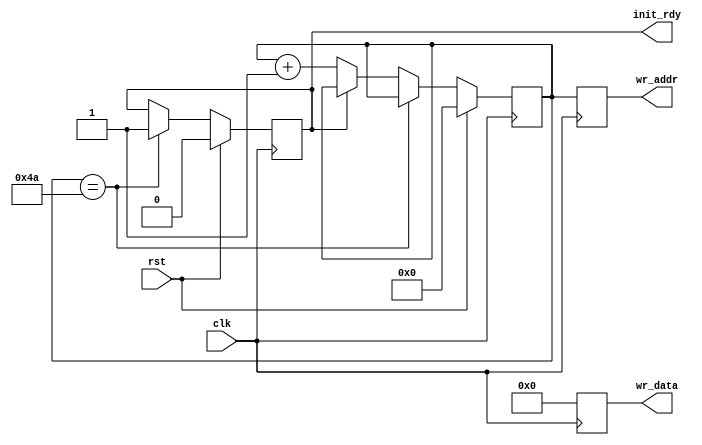
`timescale 1ns / 1ps

// Initializer module. Resets the screen by filling the ram with 0s.
// Initialize ends with init_rdy

module init(
	input clk,
	input rst,
   output reg [6:0] wr_addr,
   output reg [99:0] wr_data,
	output reg init_rdy
    );


reg [6:0] cnt_addr;

always@(posedge clk)
begin
	if(rst)
	begin
		cnt_addr <=0;
		init_rdy <= 0;
	end
	else if(cnt_addr==7'd74)
		init_rdy <= 1;
	else if(~init_rdy)
		cnt_addr <= cnt_addr+1;
end

always@(posedge clk)
begin
	wr_addr <= cnt_addr;
	wr_data <= 100'd0 ;
end

endmodule